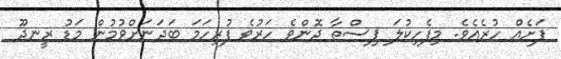
ފަށެއް ހުރެއެވެ. މިފެހިކުލަ ޕިސްތާ ދޮންވެ ހަރުވެ ފުރިހަމަ ބަދަނަށްވުމުން މަޑު ރީނދޫ